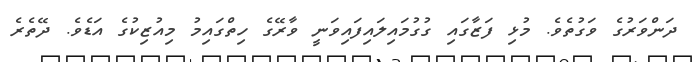
ދަންވަރުގެ ވަގުތެވެ. މުޅި ފަޒާގައި ގުގުމައިލައިފައިވަނީ ވާރޭގެ ހިތްގައިމު މިއުޒިކުގެ އަޑެވެ. ދޭތެރެ